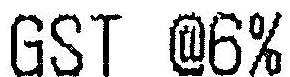
GST @6%